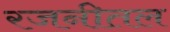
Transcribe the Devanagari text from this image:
रजनीतल